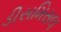
ડીસમિસલ